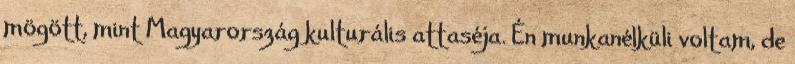
mögött, mint Magyarország kulturális attaséja. Én munkanélküli voltam, de